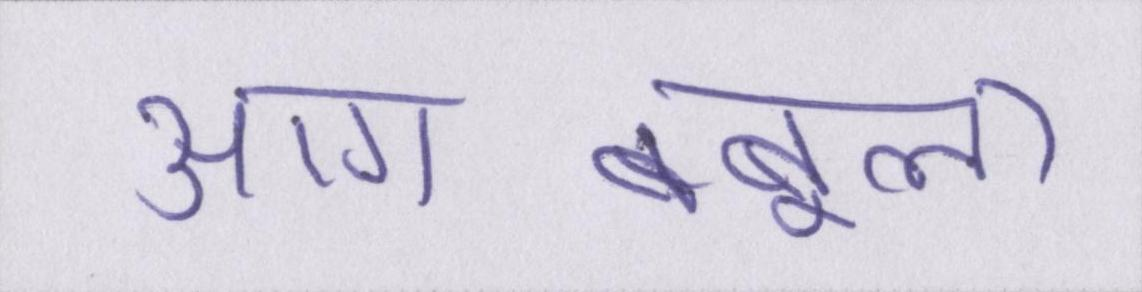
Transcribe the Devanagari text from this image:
आग-बबूला